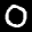
Label: 0